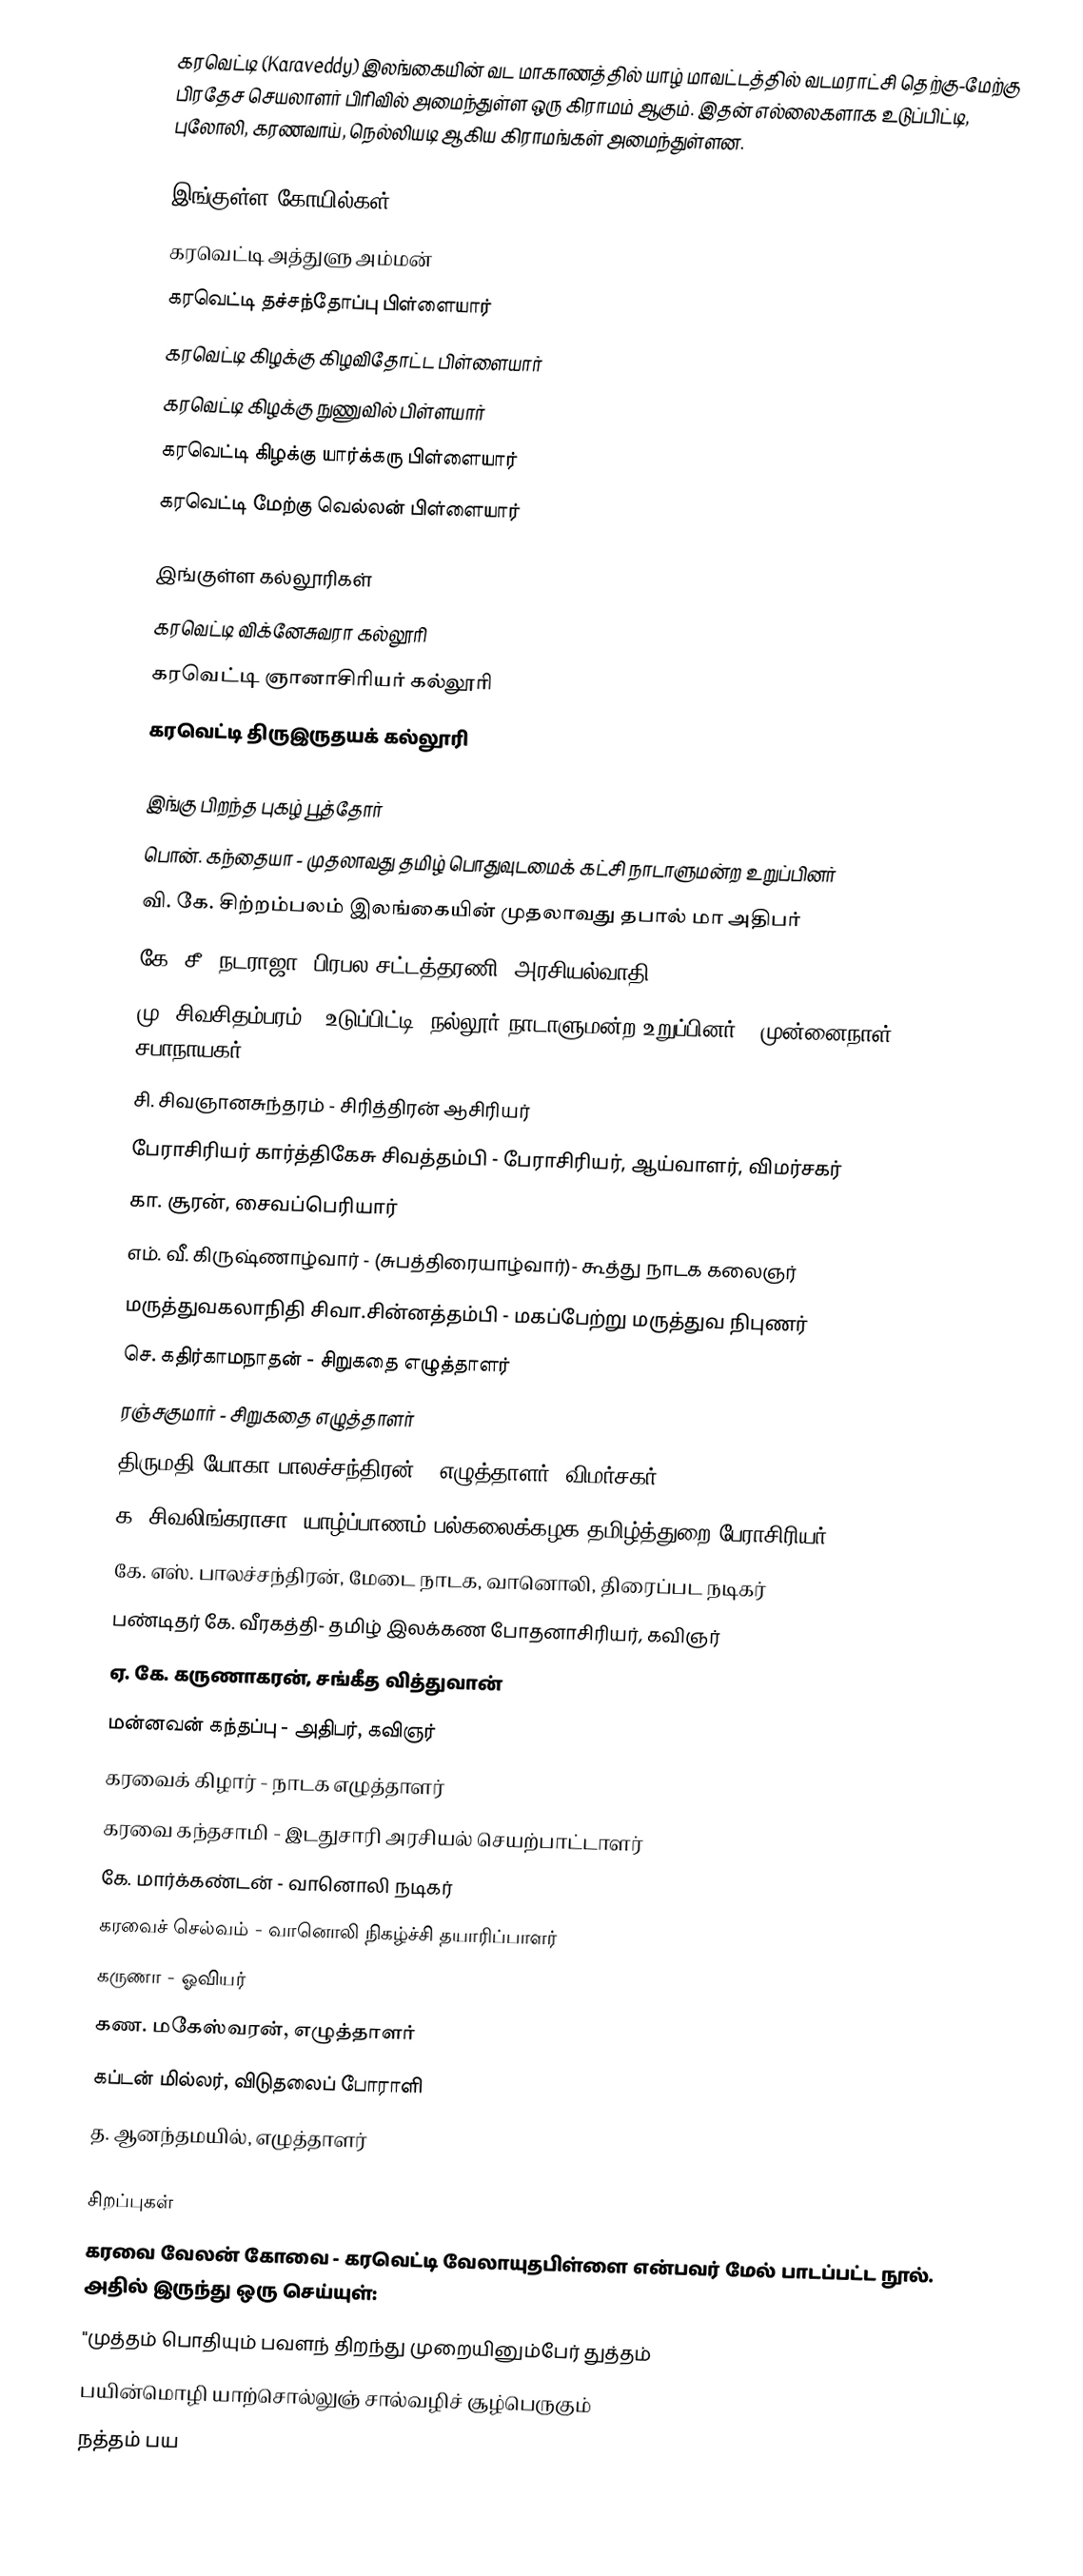
கரவெட்டி (Karaveddy) இலங்கையின் வட மாகாணத்தில் யாழ் மாவட்டத்தில் வடமராட்சி தெற்கு-மேற்கு பிரதேச செயலாளர் பிரிவில் அமைந்துள்ள ஒரு கிராமம் ஆகும். இதன் எல்லைகளாக உடுப்பிட்டி, புலோலி, கரணவாய், நெல்லியடி ஆகிய கிராமங்கள் அமைந்துள்ளன.

இங்குள்ள கோயில்கள்
கரவெட்டி அத்துளு அம்மன்
கரவெட்டி தச்சந்தோப்பு பிள்ளையார்
கரவெட்டி கிழக்கு கிழவிதோட்ட பிள்ளையார்
கரவெட்டி கிழக்கு நுணுவில் பிள்ளயார்
கரவெட்டி கிழக்கு யார்க்கரு பிள்ளையார்
கரவெட்டி மேற்கு வெல்லன் பிள்ளையார்

இங்குள்ள கல்லூரிகள்
கரவெட்டி விக்னேசுவரா கல்லூரி
கரவெட்டி ஞானாசிரியர் கல்லூரி
கரவெட்டி திருஇருதயக் கல்லூரி

இங்கு பிறந்த புகழ் பூத்தோர்
 பொன். கந்தையா - முதலாவது தமிழ் பொதுவுடமைக் கட்சி நாடாளுமன்ற உறுப்பினர்
 வி. கே. சிற்றம்பலம் இலங்கையின் முதலாவது தபால் மா அதிபர்
 கே. சீ. நடராஜா- பிரபல சட்டத்தரணி, அரசியல்வாதி
 மு. சிவசிதம்பரம் - உடுப்பிட்டி, நல்லூர் நாடாளுமன்ற உறுப்பினர் - முன்னைநாள் சபாநாயகர்
 சி. சிவஞானசுந்தரம் - சிரித்திரன் ஆசிரியர்
 பேராசிரியர் கார்த்திகேசு சிவத்தம்பி - பேராசிரியர், ஆய்வாளர், விமர்சகர்
 கா. சூரன், சைவப்பெரியார்
 எம். வீ. கிருஷ்ணாழ்வார் - (சுபத்திரையாழ்வார்)- கூத்து நாடக கலைஞர்
 மருத்துவகலாநிதி சிவா.சின்னத்தம்பி - மகப்பேற்று மருத்துவ நிபுணர்
 செ. கதிர்காமநாதன் - சிறுகதை எழுத்தாளர்
 ரஞ்சகுமார் - சிறுகதை எழுத்தாளர்
 திருமதி யோகா பாலச்சந்திரன் - எழுத்தாளர், விமர்சகர்
 க. சிவலிங்கராசா -யாழ்ப்பாணம் பல்கலைக்கழக தமிழ்த்துறை பேராசிரியர்
 கே. எஸ். பாலச்சந்திரன், மேடை நாடக, வானொலி, திரைப்பட நடிகர்
 பண்டிதர் கே. வீரகத்தி- தமிழ் இலக்கண போதனாசிரியர், கவிஞர்
 ஏ. கே. கருணாகரன், சங்கீத வித்துவான்
 மன்னவன் கந்தப்பு - அதிபர், கவிஞர்
 கரவைக் கிழார் - நாடக எழுத்தாளர்
 கரவை கந்தசாமி - இடதுசாரி அரசியல் செயற்பாட்டாளர்
 கே. மார்க்கண்டன் - வானொலி நடிகர்
 கரவைச் செல்வம் - வானொலி நிகழ்ச்சி தயாரிப்பாளர்
 கருணா - ஓவியர்
 கண. மகேஸ்வரன், எழுத்தாளர்
 கப்டன் மில்லர், விடுதலைப் போராளி
 த. ஆனந்தமயில், எழுத்தாளர்

சிறப்புகள்
 கரவை வேலன் கோவை - கரவெட்டி வேலாயுதபிள்ளை என்பவர் மேல் பாடப்பட்ட நூல். அதில் இருந்து ஒரு செய்யுள்:
"முத்தம் பொதியும் பவளந் திறந்து முறையினும்பேர் துத்தம்
பயின்மொழி யாற்சொல்லுஞ் சால்வழிச்   சூழ்பெருகும்
நத்தம் பய